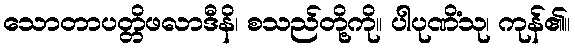
သောတာပတ္တိဖလာဒီနိ၊ စသည်တို့ကို။ ပါပုဏိံသု၊ ကုန်၏။